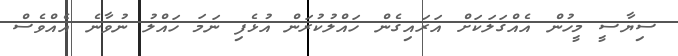
ސިޔާސީ މީހުން އެއްގަލަކަށް އަރައިގެން ހައްލުކުރަން އުޅެފި ނަމަ ހައްލު ނުވާނެ އެއްވެސް